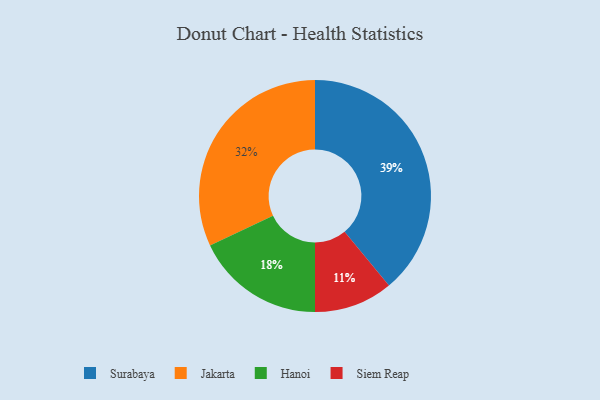
{"axis": {"x": "Category", "y": "Percentage"}, "legend": ["Hanoi", "Jakarta", "Siem Reap", "Surabaya"], "data": [{"x": "Siem Reap", "y": 11, "type": "Siem Reap"}, {"x": "Jakarta", "y": 32, "type": "Jakarta"}, {"x": "Hanoi", "y": 18, "type": "Hanoi"}, {"x": "Surabaya", "y": 39, "type": "Surabaya"}]}